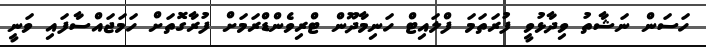
ހަސަން ނަޝާތު ވިދާޅުވީ ފުރަތަމަ ފްލައިޓް ހަނިމާދޫން ޓްރިވެންޑްރަމަށް ފުރާގޮތަށް ހަމަޖައްސާފައި ވަނީ